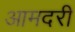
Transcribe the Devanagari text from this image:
आमदरी